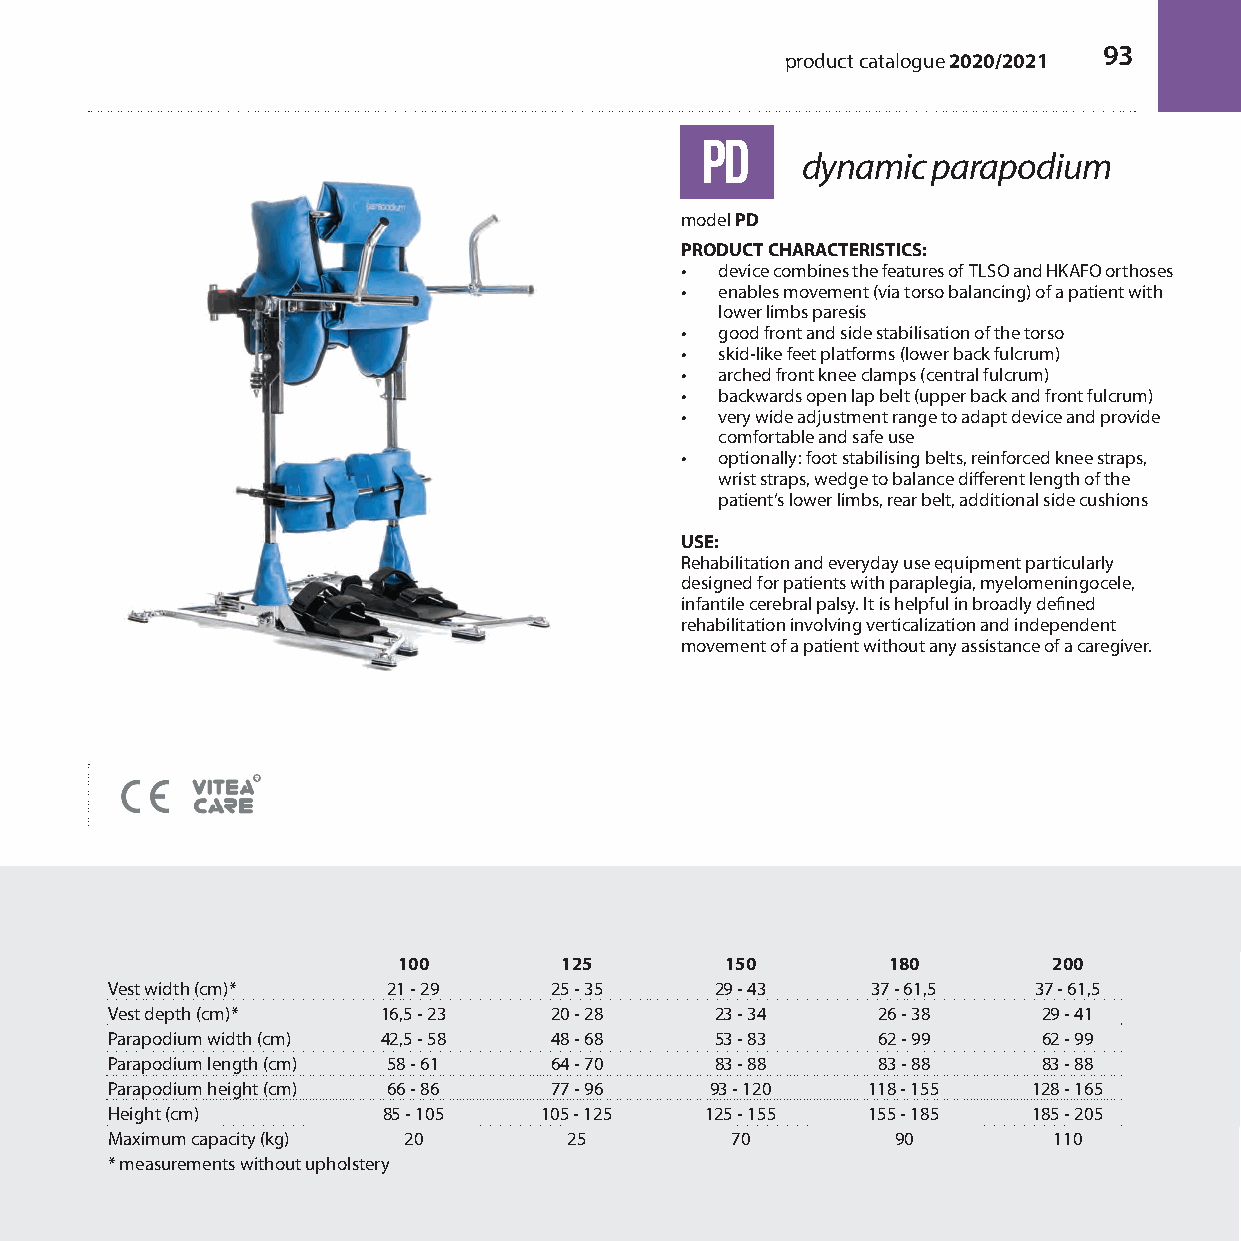
93
 product catalogue 2020/2021
 PD
 dynamic  parapodium
 model PD
 PRODUCT CHARACTERISTICS:
 •  device combines the features of TLSO and HKAFO orthoses
 •  enables movement (via torso balancing) of a patient with
 lower limbs paresis
 •  good front and side stabilisation of the torso
 •  skid-like feet platforms (lower back fulcrum)
 •  arched front knee clamps (central fulcrum)
 •  backwards open lap belt (upper back and front fulcrum)
 •  very wide adjustment range to adapt device and provide
 comfortable and safe use
 •  optionally: foot stabilising belts, reinforced knee straps,
 wrist straps, wedge to balance different length of the
 patient’s lower limbs, rear belt, additional side cushions
 USE:
 Rehabilitation and everyday use equipment particularly
 designed for patients with paraplegia, myelomeningocele,
 infantile cerebral palsy. It is helpful in broadly defined
 rehabilitation involving verticalization and independent
 movement of a patient without any assistance of a caregiver.
 100        125        150        180        200
 Vest width (cm)*   21 - 29   25 - 35    29 - 43    37 - 61,5 37 - 61,5
 Vest depth (cm)*  16,5 - 23  20 - 28    23 - 34    26 - 38    29 - 41
 Parapodium width (cm) 42,5 - 58 48 - 68 53 - 83    62 - 99    62 - 99
 Parapodium length (cm) 58 - 61 64 - 70  83 - 88    83 - 88    83 - 88
 Parapodium height (cm) 66 - 86 77 - 96  93 - 120  118 - 155  128 - 165
 Height (cm)       85 - 105   105 - 125  125 - 155 155 - 185  185 - 205
 Maximum capacity (kg) 20       25        70         90         110
 * measurements without upholstery